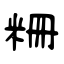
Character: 粣